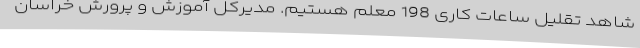
شاهد تقلیل ساعات کاری 198 معلم هستیم. مدیرکل آموزش و پرورش خراسان